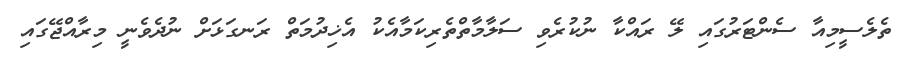
ތެލެސީމިއާ ސެންޓަރުގައި ލޭ ރައްކާ ނުކުރެވި ސަލާމާތްތެރިކަމާއެކު އެޚިދުމަތް ރަނގަޅަށް ނުދެވެނީ މިރާއްޖޭގައި